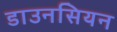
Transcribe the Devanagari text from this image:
डाउनसियन